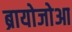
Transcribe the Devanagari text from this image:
ब्रायोजोआ